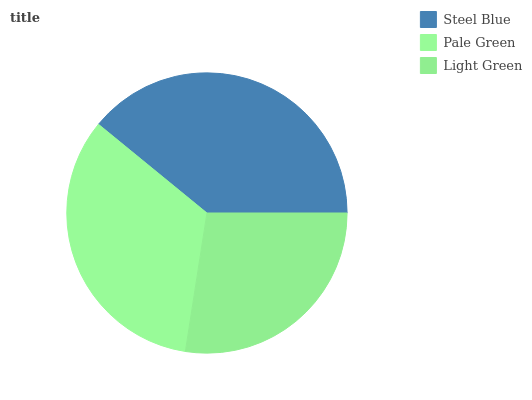
| Steel Blue | Pale Green | Light Green |
 | --- | --- | --- |
 | 39.1% | 33.4% | 27.5% |